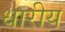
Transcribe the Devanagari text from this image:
धारीय